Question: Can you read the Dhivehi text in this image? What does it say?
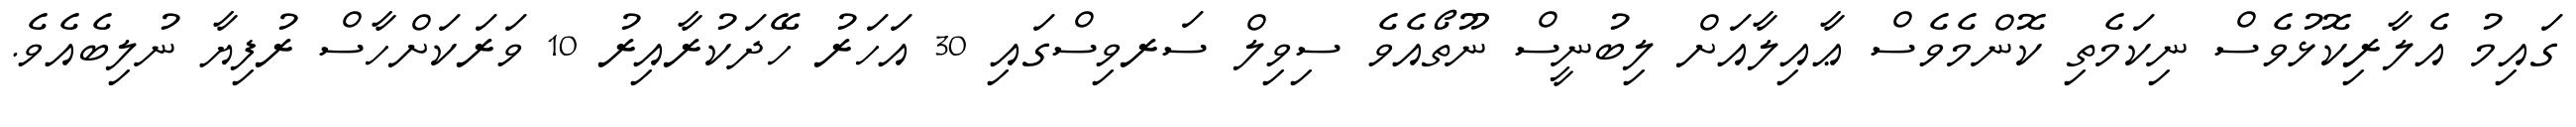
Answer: ގައިމު އެލާރިކޮޅުވެސް ނިކަމެތި ކޮންމެވެސް ޢާއިލާއަށް ލިބުނީސް ނޫތޯއެވެ ސިވިލް ސަރވިސްގައި 30 އަހަރު ހޭދަކުރާއިރު 10 ވަރަކަށްހާސް ރުފިޔާ ނުލިބެއެވެ.